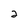
Character: 2